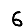
Digit: 6